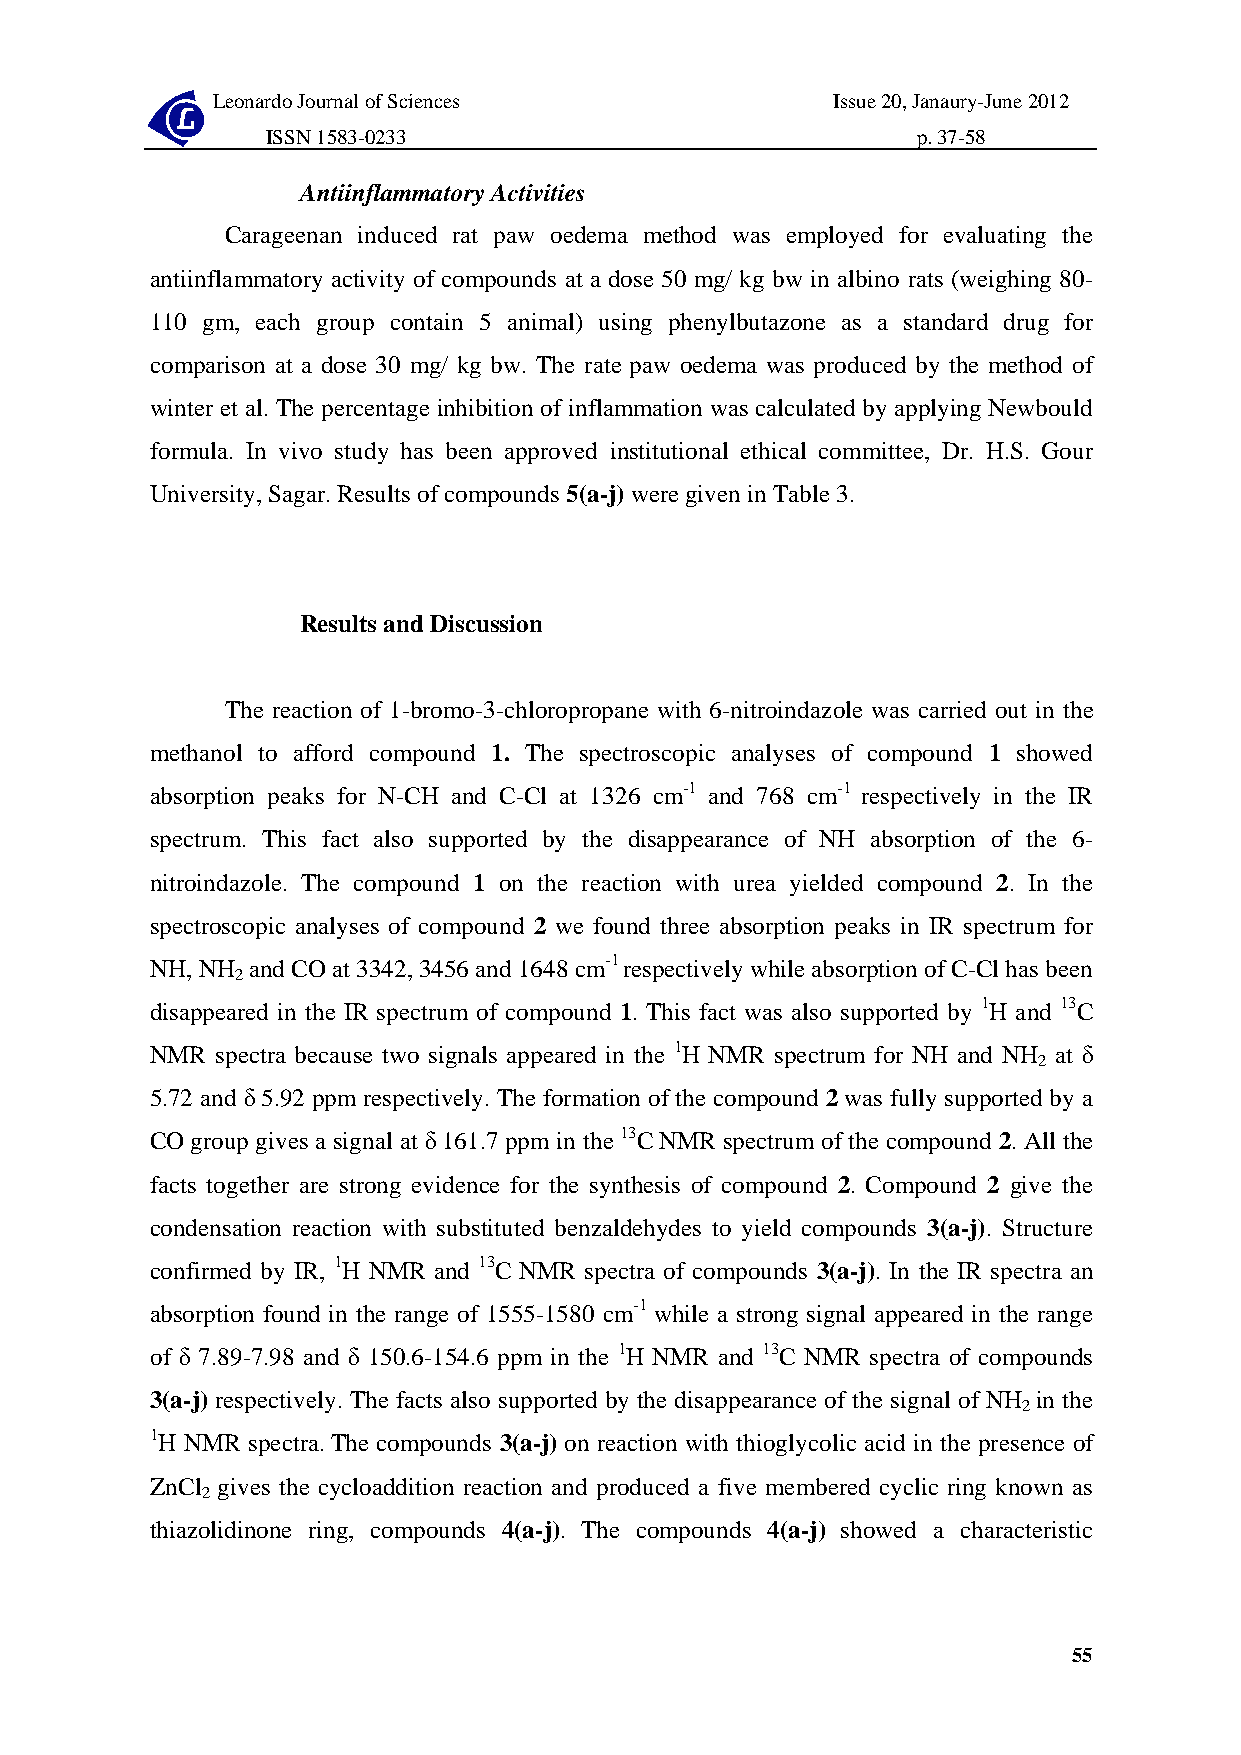
Leonardo Journal of Sciences             Issue 20, Janaury-June 2012
 ISSN 1583-0233                             p. 37-58
 Antiinflammatory Activities
 Carageenan induced rat paw oedema method was employed for evaluating the
 antiinflammatory activity of compounds at a dose 50 mg/ kg bw in albino rats (weighing 80-
 110 gm, each group contain 5 animal) using phenylbutazone as a standard drug for
 comparison at a dose 30 mg/ kg bw. The rate paw oedema was produced by the method of
 winter et al. The percentage inhibition of inflammation was calculated by applying Newbould
 formula. In vivo study has been approved institutional ethical committee, Dr. H.S. Gour
 University, Sagar. Results of compounds 5(a-j) were given in Table 3.
 Results and Discussion
 The reaction of 1-bromo-3-chloropropane with 6-nitroindazole was carried out in the
 methanol to afford compound 1. The spectroscopic analyses of compound 1 showed
 absorption peaks for N-CH and C-Cl at 1326 cm-1 and 768 cm-1 respectively in the IR
 spectrum. This fact also supported by the disappearance of NH absorption of the 6-
 nitroindazole. The compound 1 on the reaction with urea yielded compound 2. In the
 spectroscopic analyses of compound 2 we found three absorption peaks in IR spectrum for
 NH, NH and CO at 3342, 3456 and 1648 cm-1 respectively while absorption of C-Cl has been
 2
 disappeared in the IR spectrum of compound 1. This fact was also supported by 1H and 13C
 NMR spectra because two signals appeared in the 1H NMR spectrum for NH and NH at δ
 2
 5.72 and δ 5.92 ppm respectively. The formation of the compound 2 was fully supported by a
 CO group gives a signal at δ 161.7 ppm in the 13C NMR spectrum of the compound 2. All the
 facts together are strong evidence for the synthesis of compound 2. Compound 2 give the
 condensation reaction with substituted benzaldehydes to yield compounds 3(a-j). Structure
 confirmed by IR, 1H NMR and 13C NMR spectra of compounds 3(a-j). In the IR spectra an
 absorption found in the range of 1555-1580 cm-1 while a strong signal appeared in the range
 of δ 7.89-7.98 and δ 150.6-154.6 ppm in the 1H NMR and 13C NMR spectra of compounds
 3(a-j) respectively. The facts also supported by the disappearance of the signal of NH in the
 2
 1H NMR spectra.The compounds 3(a-j) on reaction with thioglycolic acid in the presence of
 ZnCl gives the cycloaddition reaction and produced a five membered cyclic ring known as
 2
 thiazolidinone ring, compounds 4(a-j). The compounds 4(a-j) showed a characteristic
 55